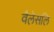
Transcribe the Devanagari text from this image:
वैलेसलि